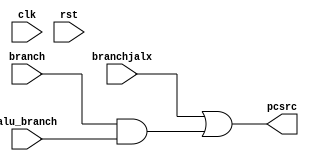
module Branch (
    input  clk,
    input  rst,
    input  branch,
    input  alu_branch,
    input  branchjalx,
    output pcsrc
);

    assign pcsrc = branchjalx || (branch & alu_branch);

endmodule